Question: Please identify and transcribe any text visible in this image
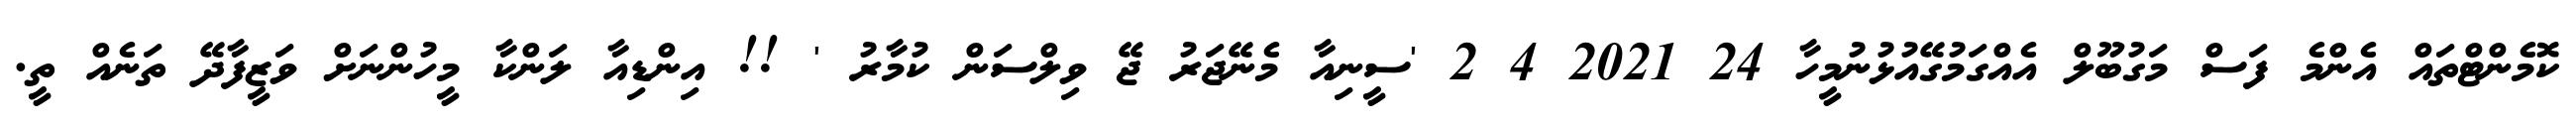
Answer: ކޮމެންޓްތައް އެންމެ ފަސް މަގުބޫލް އެއްގަމުގޭއުޅުނުމީހާ 24 2021 4 2 'ސީނިއާ މެނޭޖަރު ޖޭ ވިލްސަން ކުމާރު ' !! އިންޑިއާ ލަންކާ މީހުންނަށް ވަޒީފާދޭ ތަނެއް ތީ.